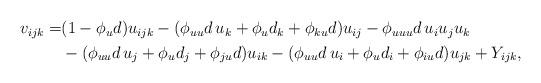
LaTeX: \begin{align*}\begin{aligned}v_{ijk} =& (1 - \phi_u d) u_{ijk} - (\phi_{uu}d\, u_k + \phi_u d_k + \phi_{ku} d)u_{ij} - \phi_{uuu}d\,u_i u_j u_k\\& - (\phi_{uu}d\, u_j + \phi_u d_j + \phi_{ju}d) u_{ik} - (\phi_{uu}d\, u_i + \phi_u d_i + \phi_{iu}d) u_{jk} + Y_{ijk},\end{aligned}\end{align*}